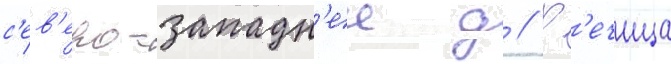
с'ев'еро-западн'ее д // Р'ечица